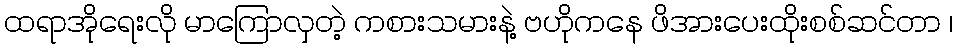
ထရာအိုရေးလို မာကြောလှတဲ့ ကစားသမားနဲ့ ဗဟိုကနေ ဖိအားပေးထိုးစစ်ဆင်တာ ၊